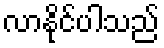
လာနိုင်ပါသည်